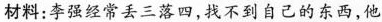
材料：李强经常丢三落四，找不到自己的东西，他